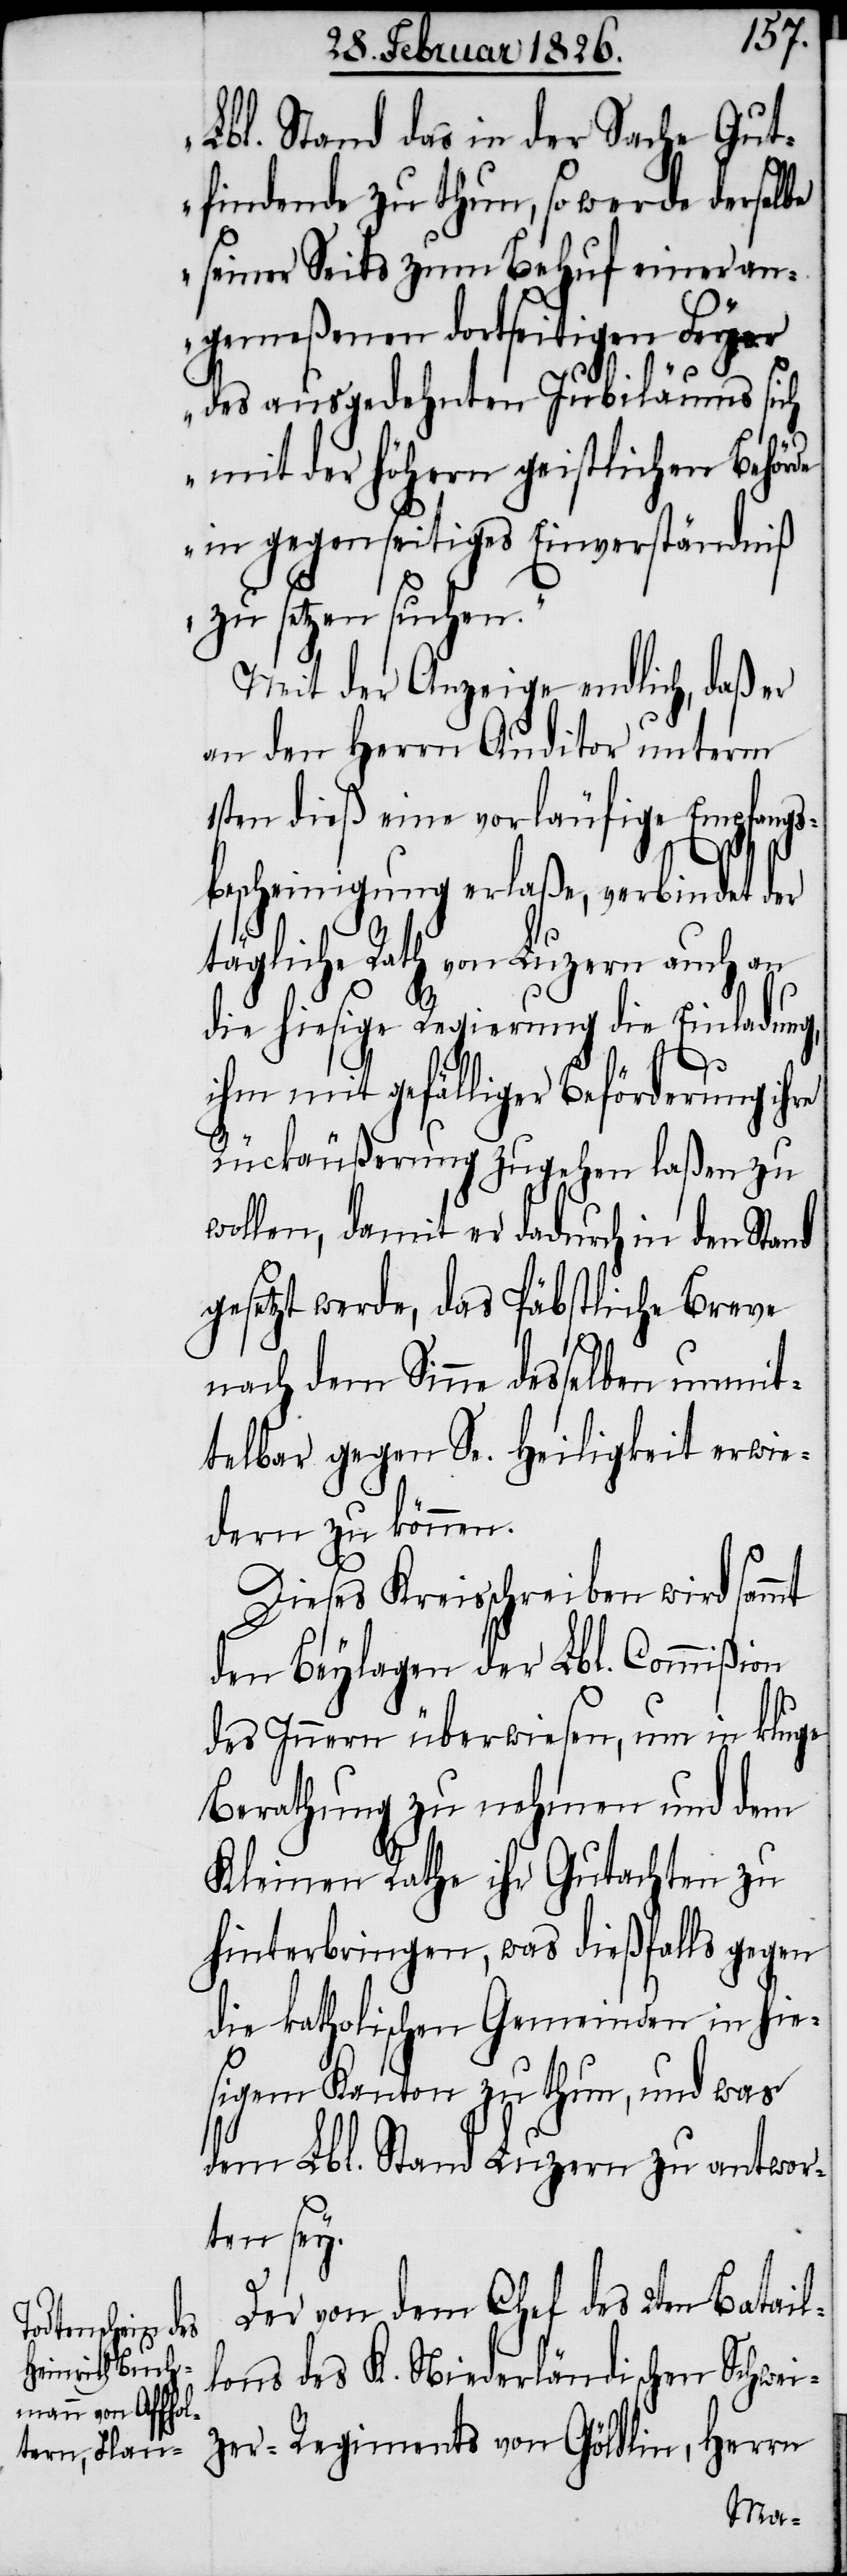
Lbl. Stand das in der Sache Gut¬
findende zu thun, so werde derselbe
seiner Seits zum Behuf einer an¬
gemeßenen dortseitigen Feyer
des ausgedehnten Jubiläums si¬
ch mit der höhern geistlichen Behör¬
in gegenseitiges Einverständniß
zu setzen suchen.“
Mit der Anzeige endlich, daß er
an den Herrn Auditor unterm
1sten dieß eine vorläufige Empfangs¬
bescheinigung erlaße, verbindet der
tägliche Rath von Luzern auch an
die hiesige Regierung die Einladun¬
g,
ihm mit gefälliger Beförderung ihre
Rückäußerung zugehen laßen zu
wollen, damit er dadurch in den St¬
gesetzt werde, das Päbstliche Breve
nach dem Sinne desselben unmit¬
telbar gegen Se. Heiligkeit erwie¬
dern zu können.
Dieses Kreisschreiben wird sam¬
den Beylagen der Lbl. Commißion
des Innern überwiesen, um in
Berathung zu nehmen und dem
Kleinen Rathe ihr Gutachten
hinterbringen, was dießfalls gegen
die katholischen Gemeinden in hi¬
esigem Kanton zu thun, und was
dem Lbl. Stand Luzern zu antwor¬
ten sey.
Der von dem Chef des 2ten Batail¬
lons des K. Niederländischen Schwei¬
zer-Regiments v¬
on
mt